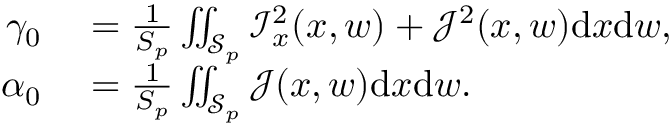
\begin{array} { r l } { \gamma _ { 0 } } & { { } = \frac { 1 } { S _ { p } } \iint _ { \mathcal { S } _ { p } } \mathcal { I } _ { x } ^ { 2 } ( x , w ) + \mathcal { J } ^ { 2 } ( x , w ) \mathrm { d } x \mathrm { d } w , } \\ { \alpha _ { 0 } } & { { } = \frac { 1 } { S _ { p } } \iint _ { \mathcal { S } _ { p } } \mathcal { J } ( x , w ) \mathrm { d } x \mathrm { d } w . } \end{array}